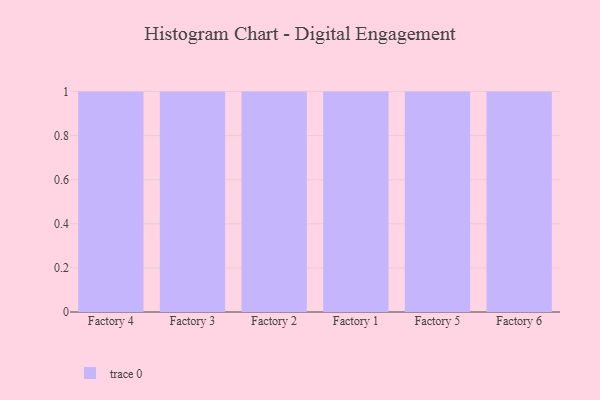
{"axis": {"x": "Factory", "y": "Tickets Resolved"}, "legend": [""], "data": [{"x": "Factory 4", "y": 53, "type": ""}, {"x": "Factory 3", "y": 99, "type": ""}, {"x": "Factory 2", "y": 93, "type": ""}, {"x": "Factory 1", "y": 11, "type": ""}, {"x": "Factory 5", "y": 7, "type": ""}, {"x": "Factory 6", "y": 43, "type": ""}]}